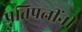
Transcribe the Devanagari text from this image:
पतिपत्नींनी